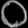
Digit: ၀